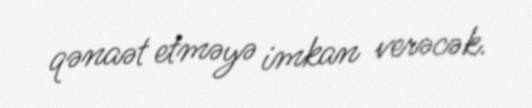
qənaət etməyə imkan verəcək.